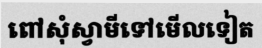
ពៅសុំស្វាមីទៅមើលទៀត